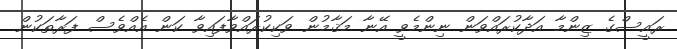
ރައީސްގެ ޒިންމާ އަދާކުރައްވަން ނިންމެވީ އޭނާ މަޤާމުން ވަކިކުރައްވާފައިވާ ކަން އެއްވެސް ފަރާތަކުން